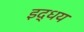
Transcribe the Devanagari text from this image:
इद्धय